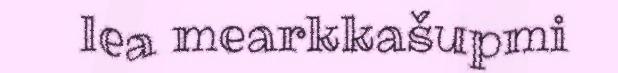
lea mearkkašupmi